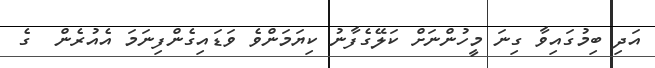
އަދި ބިމުގައިވާ ގިނަ މީހުންނަށް ކަލޭގެފާނު ކިޔަމަންވެ ވަޑައިގެންފިނަމަ އެއުރެން  ގެ